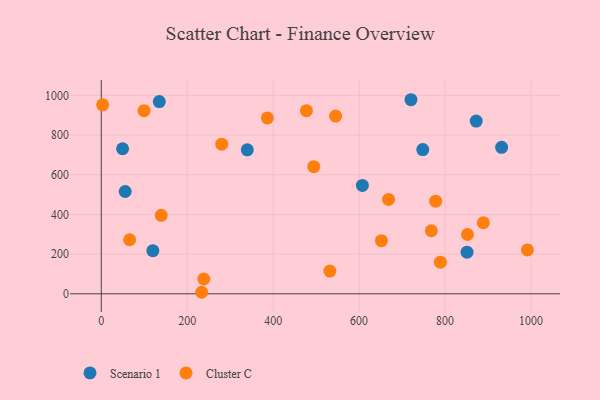
{"axis": {"x": "Investment", "y": "Sales"}, "legend": ["Cluster C", "Scenario 1"], "data": [{"x": "748.1", "y": 727.1, "type": "Scenario 1"}, {"x": "872.4", "y": 870.8, "type": "Scenario 1"}, {"x": "49.6", "y": 731.1, "type": "Scenario 1"}, {"x": "931.6", "y": 738.4, "type": "Scenario 1"}, {"x": "607.6", "y": 546.1, "type": "Scenario 1"}, {"x": "120.1", "y": 217.4, "type": "Scenario 1"}, {"x": "720.6", "y": 978.2, "type": "Scenario 1"}, {"x": "135.0", "y": 968.7, "type": "Scenario 1"}, {"x": "55.7", "y": 515.7, "type": "Scenario 1"}, {"x": "339.8", "y": 725.8, "type": "Scenario 1"}, {"x": "851.1", "y": 210.0, "type": "Scenario 1"}, {"x": "233.7", "y": 7.7, "type": "Cluster C"}, {"x": "545.2", "y": 895.7, "type": "Cluster C"}, {"x": "494.5", "y": 640.6, "type": "Cluster C"}, {"x": "477.4", "y": 923.0, "type": "Cluster C"}, {"x": "789.1", "y": 159.5, "type": "Cluster C"}, {"x": "386.5", "y": 886.5, "type": "Cluster C"}, {"x": "768.0", "y": 317.9, "type": "Cluster C"}, {"x": "852.1", "y": 298.8, "type": "Cluster C"}, {"x": "280.3", "y": 754.0, "type": "Cluster C"}, {"x": "651.8", "y": 267.6, "type": "Cluster C"}, {"x": "991.5", "y": 221.0, "type": "Cluster C"}, {"x": "3.2", "y": 952.4, "type": "Cluster C"}, {"x": "66.1", "y": 272.5, "type": "Cluster C"}, {"x": "238.6", "y": 74.5, "type": "Cluster C"}, {"x": "778.1", "y": 466.9, "type": "Cluster C"}, {"x": "889.0", "y": 358.1, "type": "Cluster C"}, {"x": "532.0", "y": 114.7, "type": "Cluster C"}, {"x": "139.5", "y": 395.4, "type": "Cluster C"}, {"x": "99.5", "y": 923.1, "type": "Cluster C"}, {"x": "668.5", "y": 475.9, "type": "Cluster C"}]}